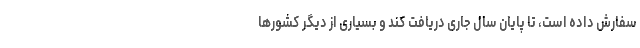
سفارش داده است، تا پایان سال جاری دریافت کند و بسیاری از دیگر کشورها